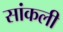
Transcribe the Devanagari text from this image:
सांकली